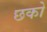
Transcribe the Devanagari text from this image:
छको